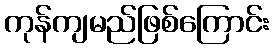
ကုန်ကျမည်ဖြစ်ကြောင်း